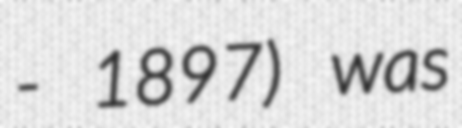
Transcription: - 1897) was